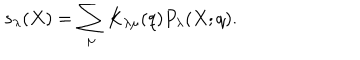
s _ { \lambda } ( X ) = \sum _ { \mu } K _ { \lambda \mu } ( q ) P _ { \lambda } ( X ; q ) .